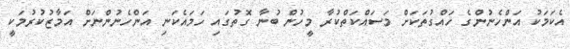
އެކަމަކު އަންހެނުންގެ ހައްގުތަކަށް މަސައްކަތްކުރާ މީހުން ބުނާ ގޮތުގައި ހަމައެކަނި އަންހެނުންނަށް އަމާޒުކުރުމަކީ